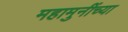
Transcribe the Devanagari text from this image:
महामुनींच्या